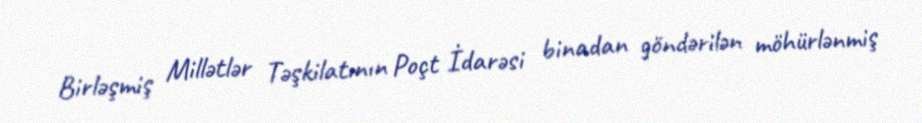
Birləşmiş Millətlər Təşkilatının Poçt İdarəsi binadan göndərilən möhürlənmiş